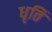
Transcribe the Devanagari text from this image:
धृतिं